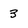
Character: 3